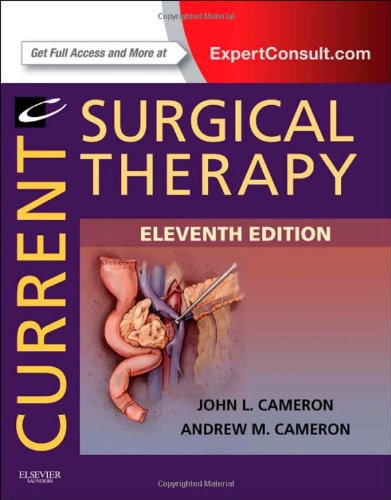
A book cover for Current Surgical Therapy: Expert Consult - Online and Print, 11e (Current Therapy); John L. Cameron MD  FACS  FRCS(Eng) (hon)  FRCS(Ed) (hon)  FRCSI(hon); Medical Books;